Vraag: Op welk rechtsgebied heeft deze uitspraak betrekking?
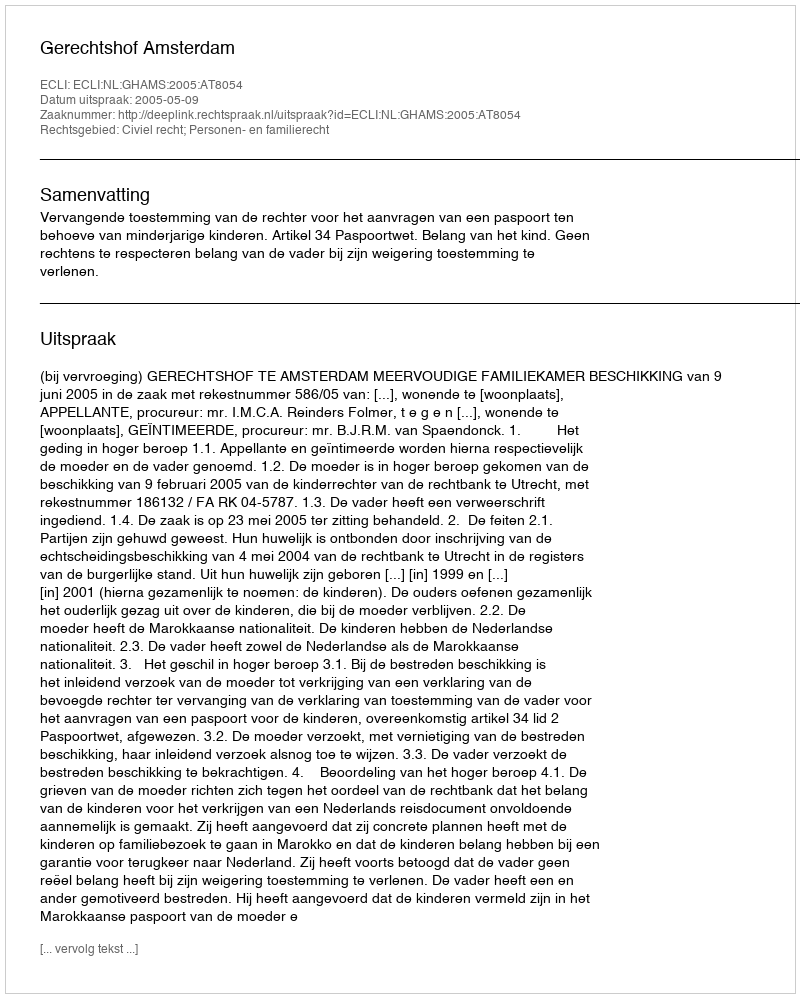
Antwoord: Civiel recht; Personen- en familierecht